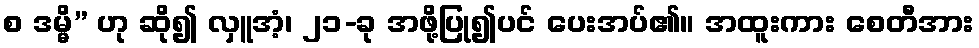
စ ဒမ္မိ” ဟု ဆို၍ လှူအံ့၊ ၂၁-ခု အဖို့ပြု၍ပင် ပေးအပ်၏။ အထူးကား စေတီအား